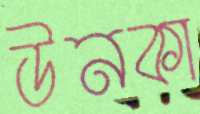
উনকা